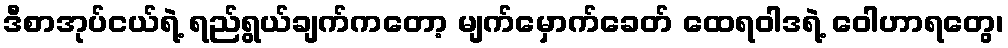
ဒီစာအုပ်ငယ်ရဲ့ ရည်ရွယ်ချက်ကတော့ မျက်မှောက်ခေတ် ထေရဝါဒရဲ့ ဝေါဟာရတွေ၊